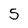
Character: 5